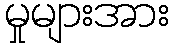
မှုများအား